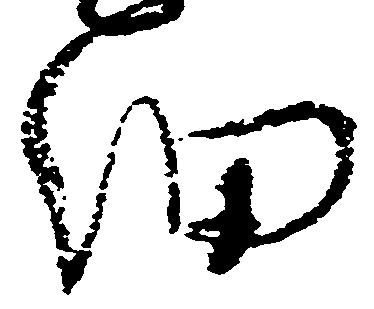
細